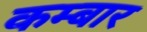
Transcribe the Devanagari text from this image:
कम्बार